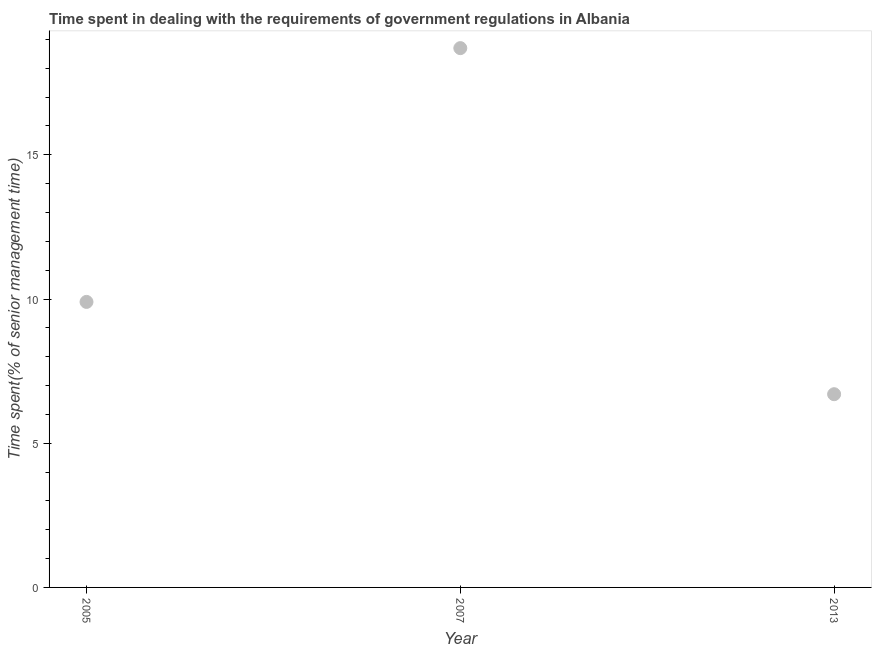
| Year | Government regulations |
 | --- | --- |
 | 2005 | 9.9 |
 | 2007 | 18.7 |
 | 2013 | 6.7 |